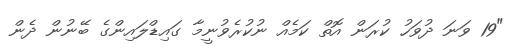
"19 ވަނަ ދުވަހު ކުރަން އޮތް ކަމެއް ނުކުރެވުނީމާ ގައިޑްލައިންގެ ބޭނުން ދެން